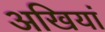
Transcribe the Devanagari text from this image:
अखियां